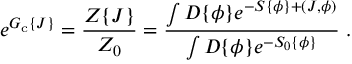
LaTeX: e ^ { { \cal { G } } _ { \mathrm { c } } \{ J \} } = \frac { { \cal { Z } } \{ J \} } { { \cal { Z } } _ { 0 } } = \frac { \int { \cal { D } } \{ \phi \} e ^ { - S \{ \phi \} + ( J , \phi ) } } { \int { \cal { D } } \{ \phi \} e ^ { - S _ { 0 } \{ \phi \} } } \; .